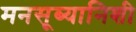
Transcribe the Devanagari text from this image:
मनसूब्यानिशी